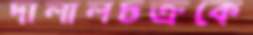
দালালচক্রকে